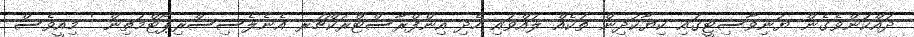
ދައްކަންވެގެން ޔުނިވާސިޓީގައި ކިޔާކުދިން ތަކެއް ލައްވައި ހެދި އިންފްރާސްޓްރަކްޗަރ އެނެލެސިސްރިޕޯޓްމަތިން ' މިއީވެސް